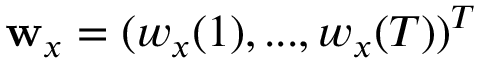
\mathbf w _ { x } = ( w _ { x } ( 1 ) , . . . , w _ { x } ( T ) ) ^ { T }